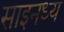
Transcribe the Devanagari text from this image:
साइनध्य